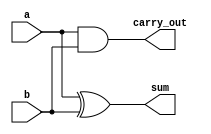
// GNU General Public License
//
// Copyright : (c) 2023 Javier Beiro Pin
//           : (c) 2023 Beatriz Navidad Vilches
//           : (c) 2023 Stefano Petrilli
//
// This file is part of Abejaruco <https://github.com/Beanavil/Abejaruco>.
//
// Abejaruco is free software: you can redistribute it and/or modify it under
// the terms of the GNU General Public License as published by the Free
// Software Foundation, either version 3 of the License, or (at your option)
// any later version.
//
// Abejaruco is distributed in the hope that it will be useful, but WITHOUT ANY
// WARRANTY; without even the implied warranty of MERCHANTABILITY or FITNESS
// FOR A PARTICULAR PURPOSE. See the GNU General Public License for more details.
//
// You should have received a copy of the GNU General Public License
// along with Abejaruco placed on the LICENSE.md file of the root folder.
// If not, see <https://www.gnu.org/licenses/>.

`default_nettype none

module HalfAdder(input a,
                   input b,
                   output sum,
                   output carry_out);
  assign {sum, carry_out} = {a ^ b, a & b};
endmodule